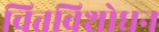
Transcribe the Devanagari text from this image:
चित्तविशोधन